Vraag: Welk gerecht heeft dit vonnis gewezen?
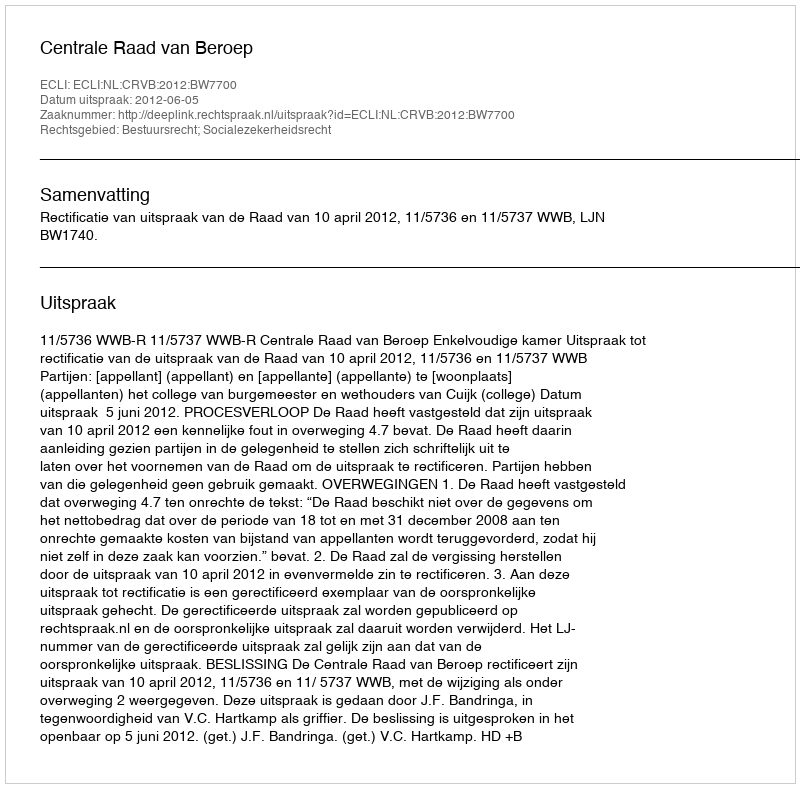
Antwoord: Centrale Raad van Beroep